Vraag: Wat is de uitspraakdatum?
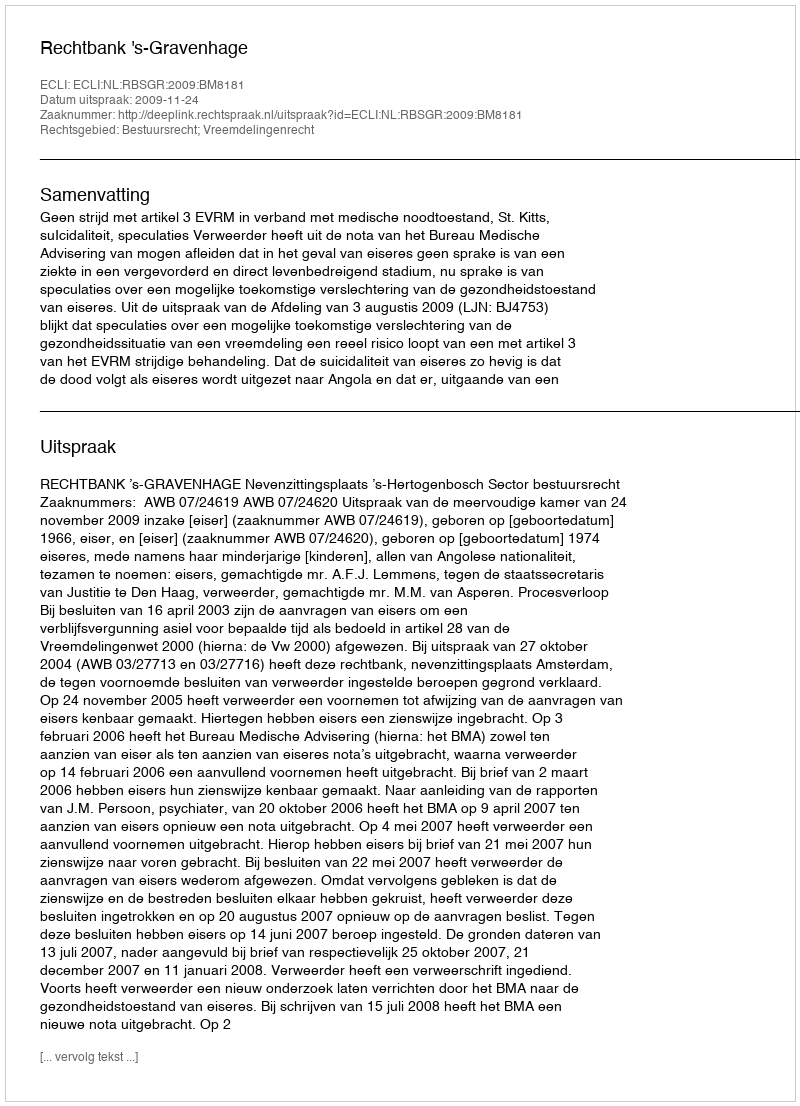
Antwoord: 2009-11-24